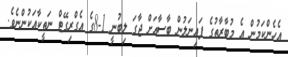
އެހެންކަމުން އެ މުބާރާތުގެ ފައިނަލުން ބާސާއަށް ޖާގަ ލިބުނީ 1-8ގެ އެގްރިގޭޓް ނަތީކާއަކުންނެވެ.